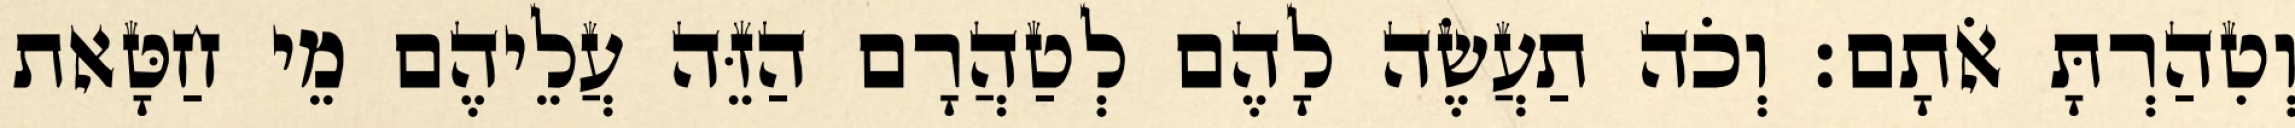
וְטִהַרְתָּ אֹתָם׃ וְכֹה תַעֲשֶׂה לָהֶם לְטַהֲרָם הַזֵּה עֲלֵיהֶם מֵי חַטָּאת